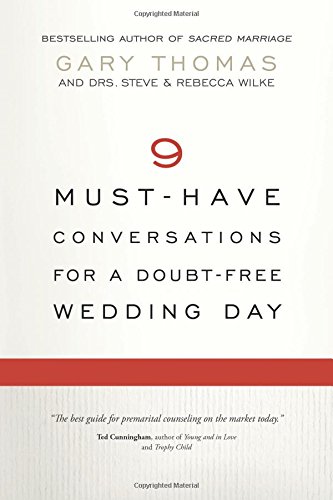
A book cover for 9 Must-Have Conversations for a Doubt-Free Wedding Day; Gary Thomas; Self-Help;